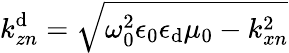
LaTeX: k_{zn}^{\mathrm{d}}=\sqrt{\omega_{0}^{2}\epsilon_{0}\epsilon_{\mathrm{d}}\mu_{0}-k_{xn}^{2}}